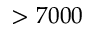
> 7 0 0 0